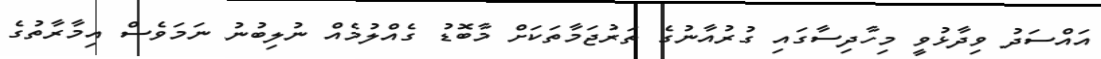
އައްސަދު ވިދާޅުވީ މިހާދިސާގައި ގުރުއާނުގެ ތަރުޖަމާތަކަށް މާބޮޑު ގެއްލުމެއް ނުލިބުނު ނަމަވެސް އިމާރާތުގެ